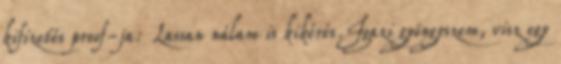
kifizetés proof-ja: Lassan nálam is kikérés.Igazi gyöngyszem, visz egy